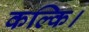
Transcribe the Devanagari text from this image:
कल्कि।